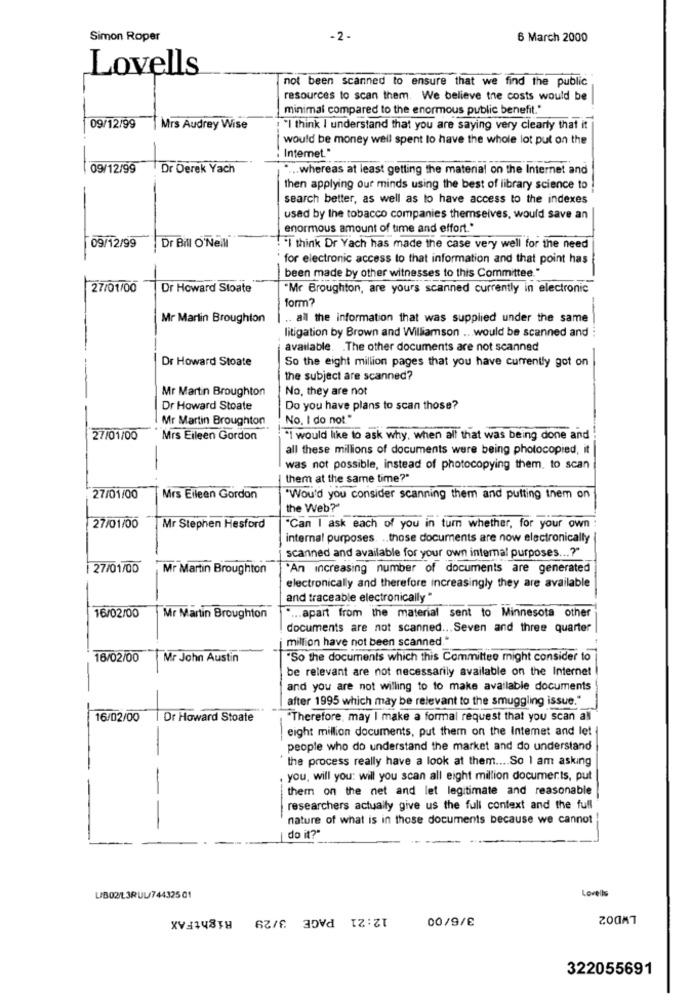
Simon Roper
-2-
6 March 2000
Lovells
not been scanned to ensure that we find the public
resources to scan them. We believe the costs would be
minimal compared to the enormous public benefit."
09/12/99
Mrs Audrey Wise
"I think I understand that you are saying very clearly that it
would be money well spent to have the whole lot put on the
Internet."
09/12/99
Dr Derek Yach
.... whereas at least getting the material on the Internet and
then applying our minds using the best of library science to
search better, as well as to have access to the indexes
used by the tobacco companies themselves, would save an
enormous amount of time and effort."
09/12/99
Dr Bill O'Neill
!"I think Dr Yach has made the case very well for the need
for electronic access to that information and that point has
been made by other witnesses to this Committee."
27/01/00
Dr Howard Stoate
"Mr Broughton, are yours scanned currently in electronic
form?
Mr Martin Broughton
.. all the information that was supplied under the same
litigation by Brown and Williamson .. would be scanned and :
available. . The other documents are not scanned
Dr Howard Stoate
So the eight million pages that you have currently got on
the subject are scanned?
Mr Martin Broughton
No, they are not
Dr Howard Stoate
Do you have plans to scan those?
Mr Martin Broughton
No. I do not."
27/01/00
Mrs Eileen Gordon
"I would like to ask why, when all that was being done and
all these millions of documents were being photocopied, it
-
was not possible, instead of photocopying them. to scan
them at the same time?"
27/01/00
Mrs Eileen Gordon
"Wou'd you consider scanning them and putting them on
the Web?"
27/01/00
Mr Stephen Hesford
"Can I ask each of you in turn whether, for your own :
internal purposes. .. those documents are now electronically
scanned and available for your own internal purposes ...? "
27/01/00
Mr Martin Broughton
"An increasing number of documents are generated
electronically and therefore increasingly they are available
and traceable electronically "
.... apart from the material sent to Minnesota other
16/02/00
Mr Martin Broughton
documents are not scanned ... Seven and three quarter
million have not been scanned."
16/02/00 Mr John Austin
"So the documents which this Committee might consider to
be relevant are not necessarily available on the Internet
and you are not willing to to make available documents
after 1995 which may be relevant to the smuggling issue."
16/02/00
I Dr Howard Stoate
"Therefore, may I make a formal request that you scan all
eight million documents, put them on the Intemet and let
-
people who do understand the market and do understand
the process really have a look at them .... So 1 am asking
you, will you: will you scan all eight million documents, put
them on the net and let legitimate and reasonable
---
researchers actually give us the full context and the full
nature of what is in those documents because we cannot
--
do it?"
Lovells
UB0213RUL74432501
12:21 PAGE 3/29 RightFAX
LWD02
00/9/€
322055691